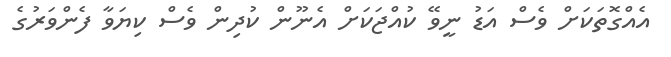
އެއްގޮތަކަށް ވެސް އަޑު ނީވޭ ކުއްޖަކަށް އެނޫން ކުދިން ވެސް ކިޔަވާ ފެންވަރުގެ